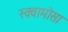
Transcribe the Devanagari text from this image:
स्क्वामोसा